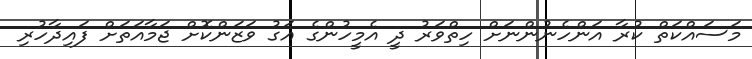
މަސައްކަތް ކުރާ އަންހެނުންނަށް ހިތްވަރު ދީ އެމީހުންގެ އަގު ވަޒަންކޮށް ޖަމާއަތަށް ފައިދާހުރި